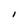
Character: I